Petrogradi_Kontroll-Opteerimise_Komisjon, lk 362
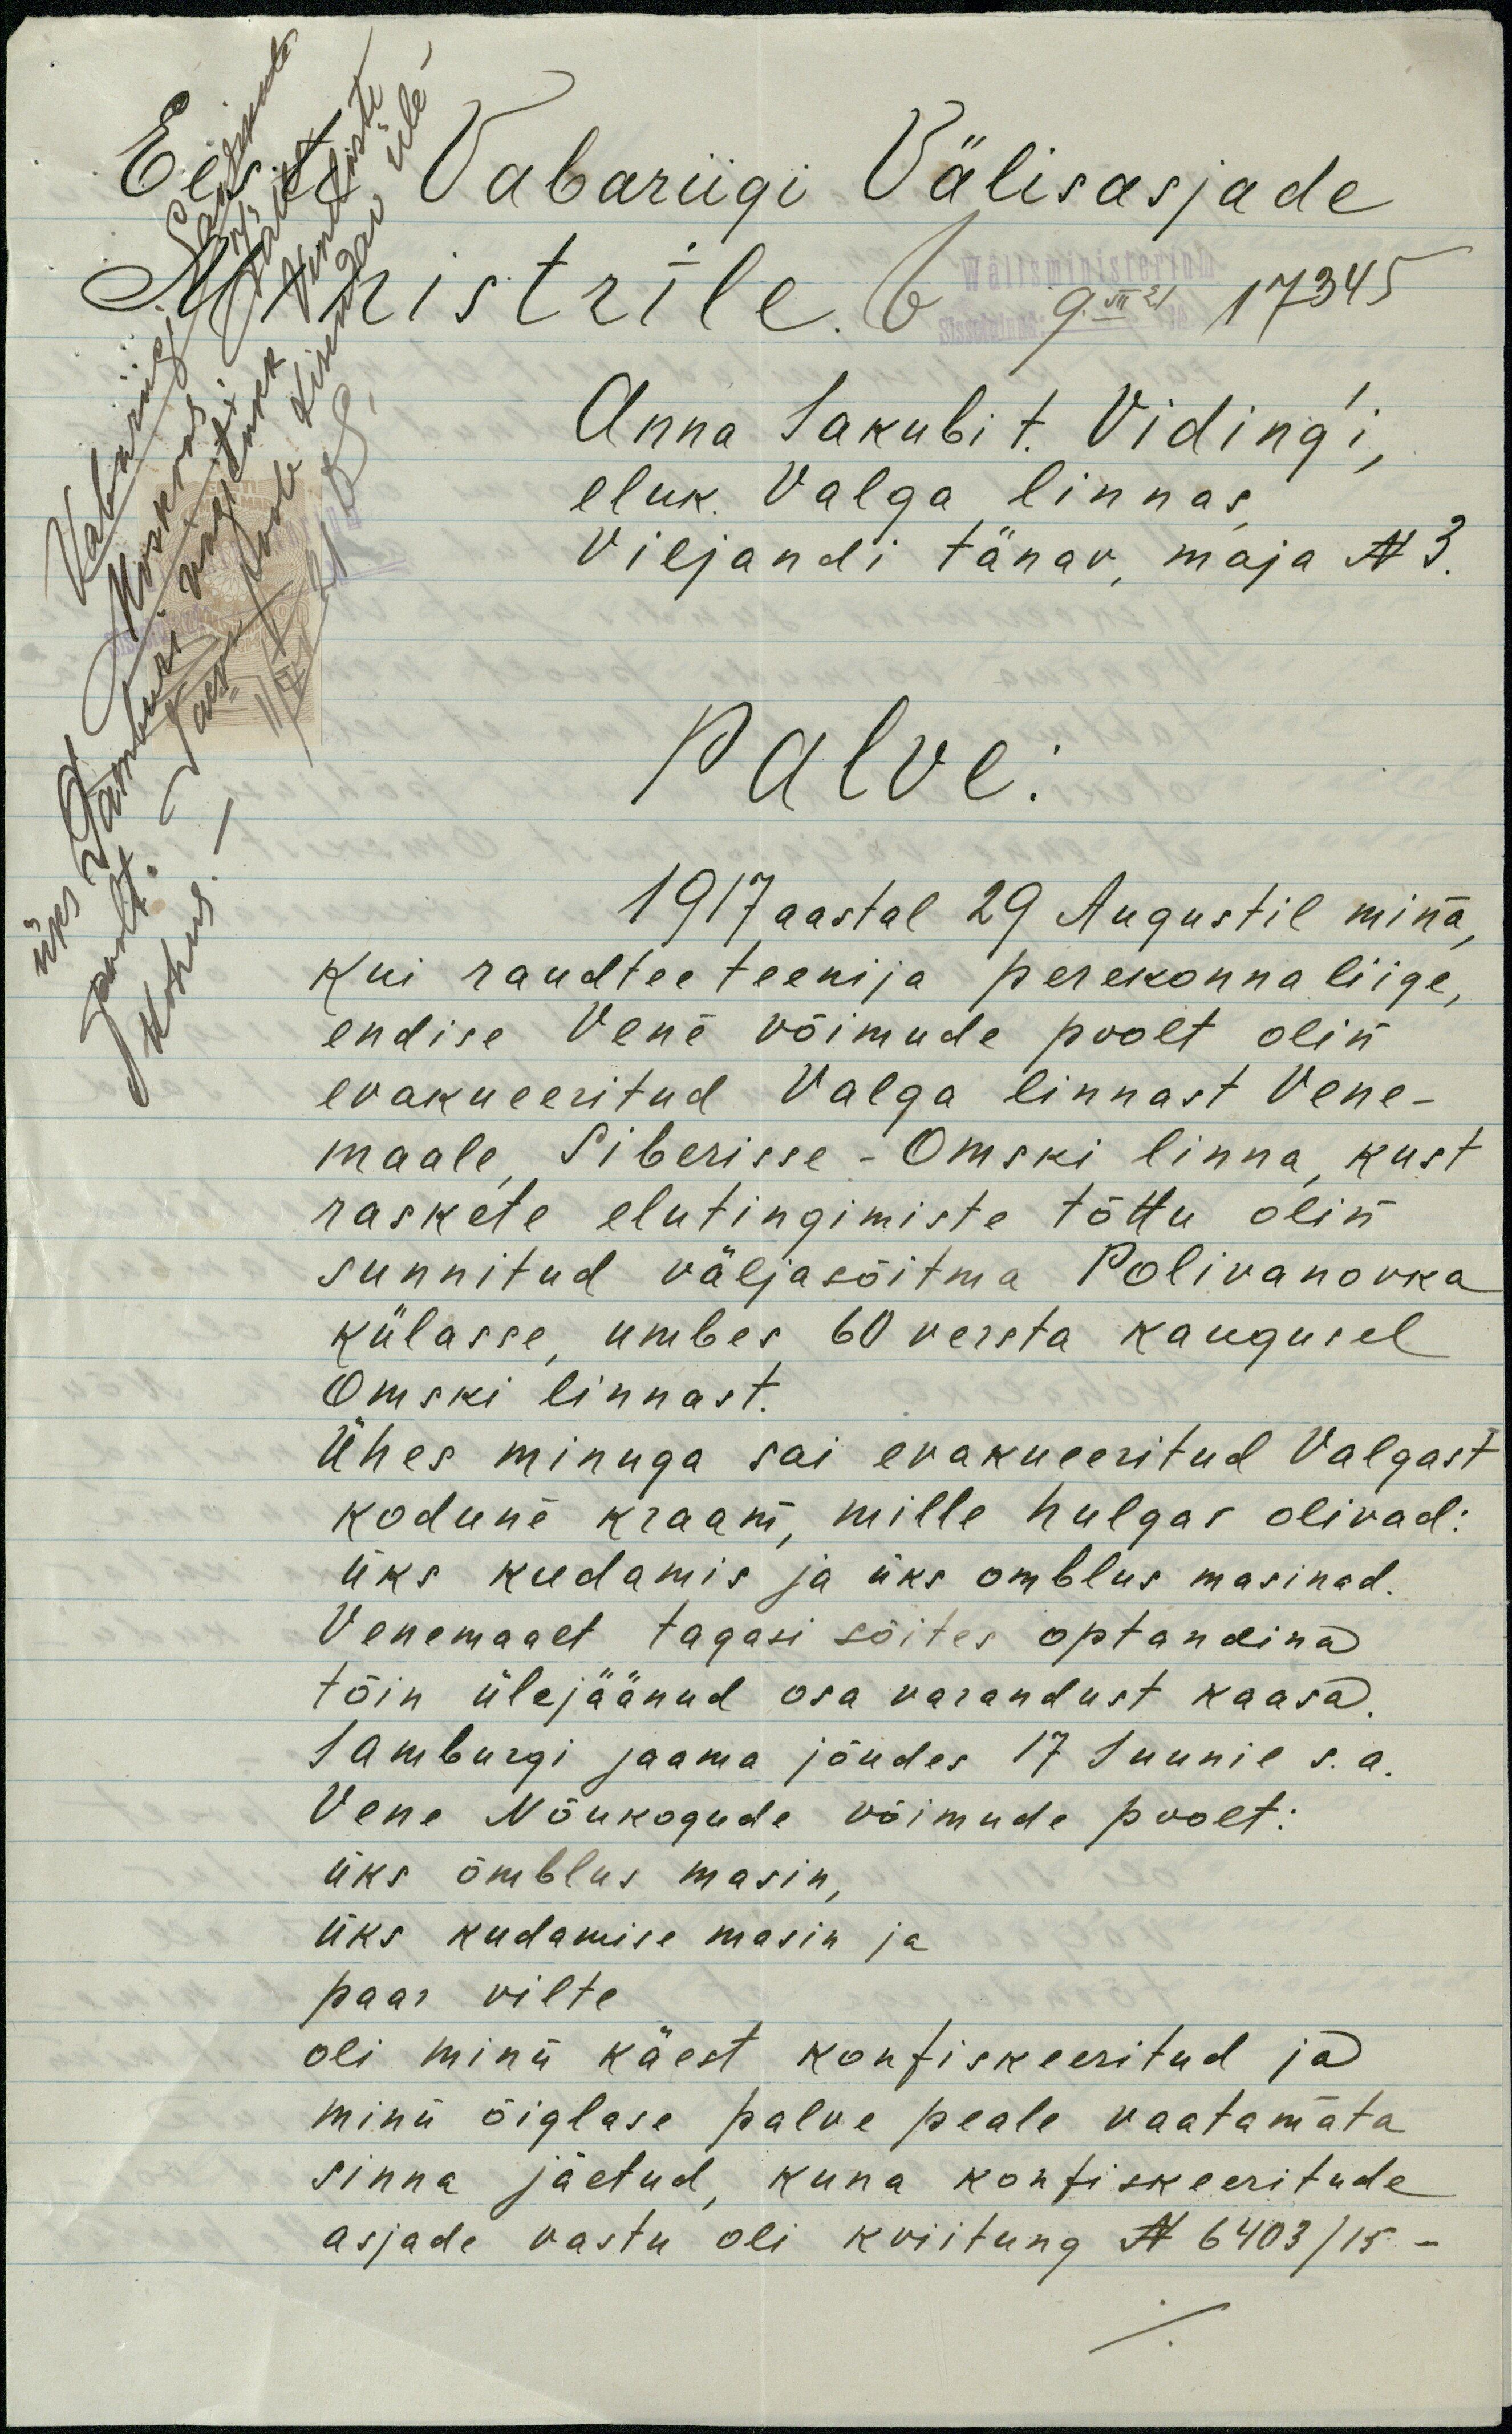
Eesti Vabariigi Välisasjade
Ministrile.
Wälisministerium
Sissetulnud: 9.VII 21 No 17345
Vabariigi Saadikule
Moskvas. Jälle
üks Jamburi vägitükk Venelaste
poolt. Taeva poole kisendav üle-
kohus. -
11/VII 21 DS
Anna Jakubi t. Viding´i,
eluk. Valga linnas,
Viljandi tänav, maja N 3.
Palve:
1917 aastal 29 Augustil mina,
kui raudtee teenija perekonnaliige,
endise Vene võimude poolt olin
evakueeritud Valga linnast Vene-
maale, Siberisse - Omski linna, kust
raskete elutingimiste tõttu olin
sunnitud väljasõitma Polivanovka
külasse, umbes 60 versta kaugusel
Omski linnast.
Ühes minuga sai evakueeritud Valgast
kodune kraam, mille hulgas olivad:
üks kudamis ja üks omblus masinad.
Venemaalt tagasi sõites optandina
tõin ülejäänud osa varandust kaasa.
Jamburgi jaama jõudes 17 Juunil s.a.
Vene Nõukogude võimude poolt:
üks õmblus masin,
üks kudamise masin ja
paar vilte
oli minu käest konfiskeeritud ja
minu õiglase palve peale vaatamata
sinna jäetud, kuna konfiskeeritude
asjade vastu oli kviitung N 6403/15 -